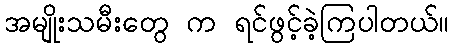
အမျိုးသမီးတွေ က ရင်ဖွင့်ခဲ့ကြပါတယ်။